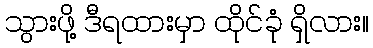
သွားဖို့ ဒီရထားမှာ ထိုင်ခုံ ရှိလား။